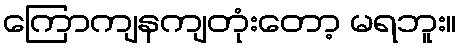
ကြောကျနကျတုံးတော့ မရဘူး။